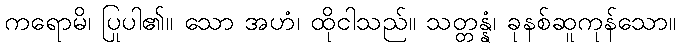
ကရောမိ၊ ပြုပါ၏။ သော အဟံ၊ ထိုငါသည်။ သတ္တန္နံ၊ ခုနစ်ဆူကုန်သော။